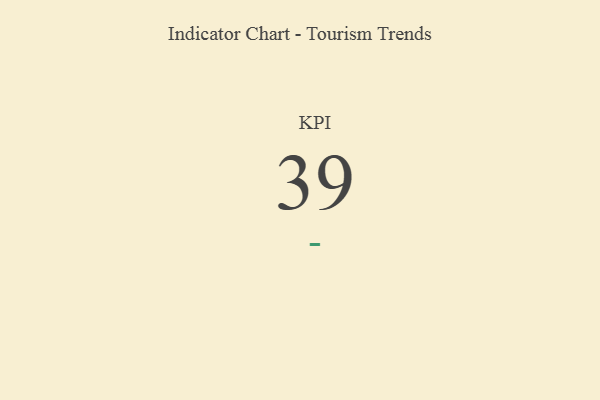
{"axis": {"x": "KPI", "y": "Value"}, "legend": [""], "data": [{"x": "KPI", "y": 39, "type": ""}]}